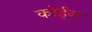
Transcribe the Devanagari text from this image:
कोईन